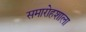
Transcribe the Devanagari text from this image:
समारोहशाला